Senior Leaving Certificate Examination (including Day School Certificate (Higher) General paper), 1950
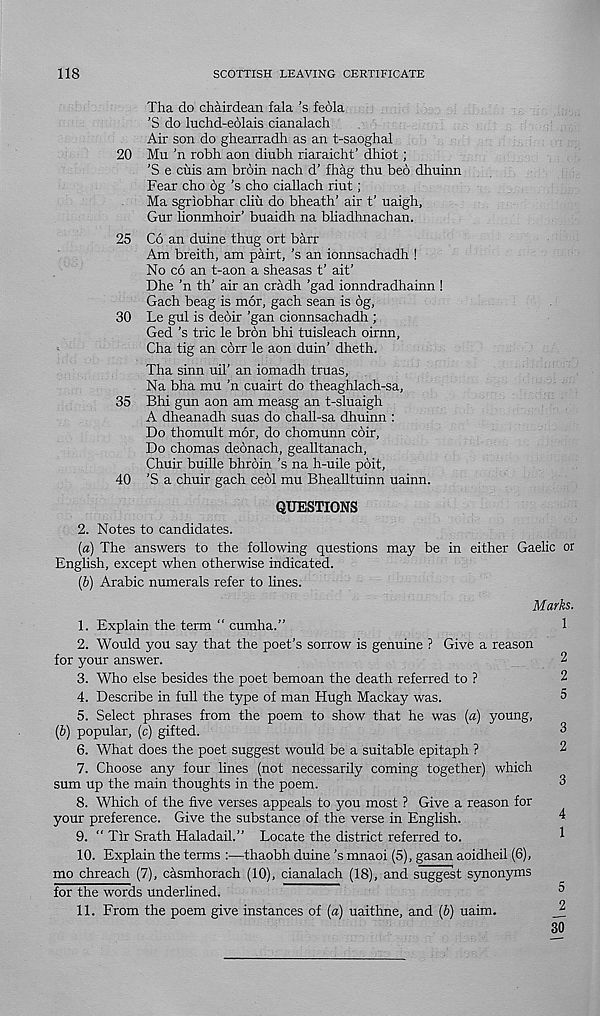
118
SCOTTISH LEAVING CERTIFICATE
Tha do chairdean fala’s feola
’S do luchd-edlais cianalach
Air son do ghearradh as an t-saoghal
20 Mu ’n robh aon diubh riaraicht’ dhiot;
'S e ciiis am broin nach d’ fhag thu beb dhuinn
Fear cho 6g’s cho ciallach riut;
Ma sgriobhar cliii do bheath’ air t’ uaigh,
Gur lionmhoir’ buaidh na bliadhnachan.
25 Co an duine thug ort barr
Am breith, am pairt, 's an ionnsachadh !
No co an t-aon a sheasas t’ ait’
Dhe ’n th’ air an cradh ’gad ionndradhainn !
Gach beag is mor, gach sean is 6g,
30 Le gul is deoir ’gan cionnsachadh ;
Ged’s trie le bron bhi tuisleach oirnn,
Cha tig an corr le aon duin’ dheth.
Tha sinn uiT an iomadh truas,
Na bha mu ’n cuairt do theaghlach-sa,
35 Bhi gun aon am measg an t-sluaigh
A dheanadh suas do chall-sa dhuinn :
Do thomult mor, do chomunn coir,
Do chomas deonach, gealltanach,
Chuir buille bhroin’s na h-uile poit,
40 ’S a chuir gach ceol mu Bhealltuinn uainn.
QUESTIONS
2. Notes to candidates.
(«) The answers to the following questions may be in either Gaelic or
English, except when otherwise indicated.
(b) Arabic numerals refer to lines.
Marks.
1. Explain the term “ cumha.”
1
2. Would you say that the poet’s sorrow is genuine ? Give a reason
for your answer.
2
3. Who else besides the poet bemoan the death referred to ?
2
4. Describe in full the type of man Hugh Mackay was.
5
5. Select phrases from the poem to show that he was (a) young,
(b) popular, (c) gifted.
3
6. What does the poet suggest would be a suitable epitaph ?
2
7. Choose any four lines (not necessarily coming together) which
sum up the main thoughts in the poem.
3
8. Which of the five verses appeals to you most ? Give a reason for
your preference. Give the substance of the verse in English.
4
9. “ Tlr Srath Haladail.” Locate the district referred to.
1
10. Explain the terms :—thaobh duine’s mnaoi (5), gasan aoidheil (6),
mo chreach (7), casmhorach (10), cianalach (18), and suggest synonyms
for the words underlined.
5
11. From the poem give instances of (a) uaithne, and (b) uaim.
J?
30